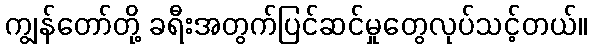
ကျွန်တော်တို့ ခရီးအတွက်ပြင်ဆင်မှုတွေလုပ်သင့်တယ်။